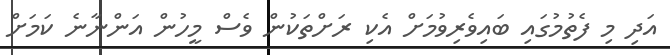
އަދި މި ފެތުމުގައި ބައިވެރިވުމަށް އެކި ރަށްތަކުން ވެސް މީހުން އަންނާނެ ކަމަށް